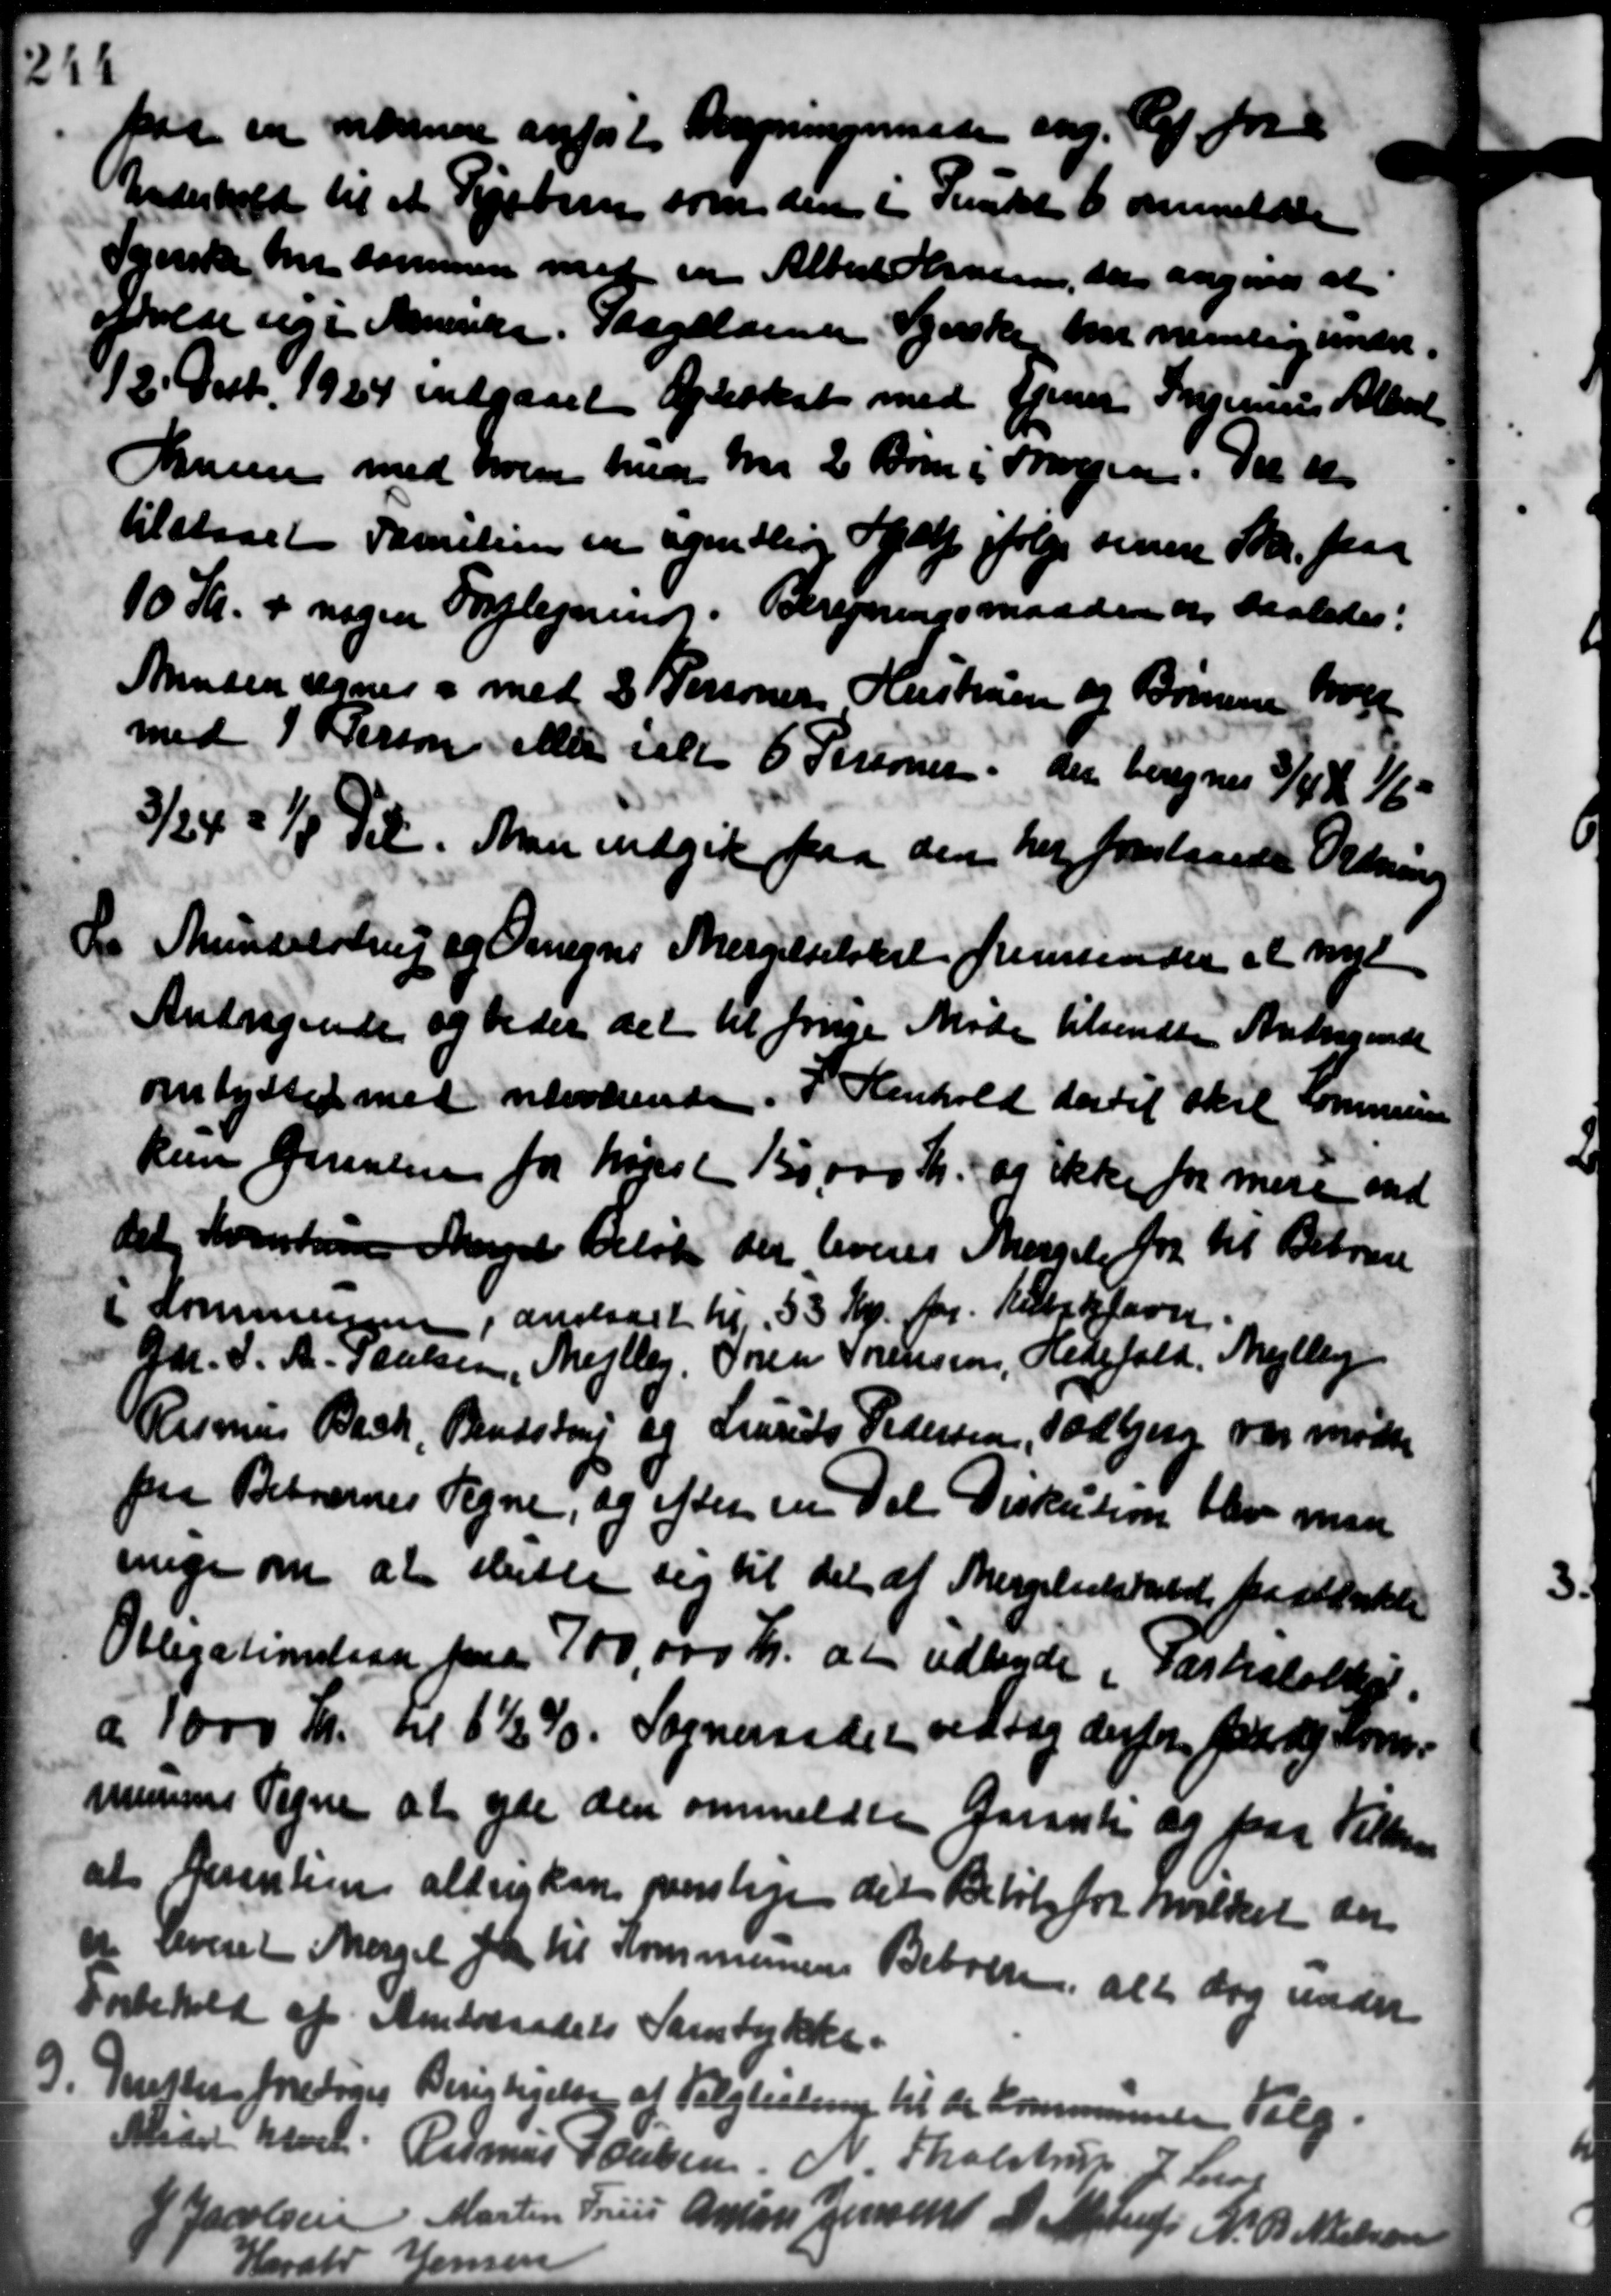
Transskription:
paa en nærmere anført Bregningsminde ang. Af For
Underhold til at Kjøbern som den i Funkt 6 anmeldte
Tynske har sammen med en Albert Perssen, der angaaes at
Holde sig i Amende. Paagelsen Kjærske har nemlig under
2' Decb. 1924 indgaaet Opteskat med gjenne Ingernes Albert
Sommen med hvem her m. 2 Børn i Sagen. Der t
tilstaaet Familien en egentlig Hjælp i følge sinere Skr. paa
10 Kr. + nogen Forplejning. Beregningsmaaden og saaledes:
Mnden regners med 8 Personer Hustruen og Brunne Boge
med P. Person eller ialt 6 Personer, der beregnes 3/4 K 1/6
3/24 - 1/4 Del. Man indgik paa den her forelaaede Ordning
La Mundelstrup og Omegns Mergelselsket fremsender et nyt
La Mundelstrup og Omegns Mergelselsket fremsender et nyt
Andragende og beder det til frige Møde tilsendte Andragende
ombyttet med nærværende. I Henhold der til skal Kommunen
kun førslen for højst 150.000 Kr. og ikke for mere end
det, hverken Mangel Beløb der leveres Sergelse for til Beboere
(Kommunen, anslaaet til 33 Kr. pr. Kibikfavn.
Gdr. S. A. Poulsen, Mejlby. Søren Sørensen, Hedefald. Mejlby
Rasmus Bach, Bendstrup og Laurits Pedersen, Todbjerg var mødte
paa Beboernes Tegne, og efter en Del Diskution blev man
nige om at slutte sig til det af Mergelselskalde fra standelse
Obligationslaan paa 700000 Kr. at udbyde i Parkalotter.
a 1000 Kr. til 6½ %. Sogneraadet vedtog derfor for og Kom-
munens Tegne at yde den anmeldte Garank og paa Tilbud
at Resentien aldrig kan forslage det Beløb for hvilket der
 Leveret Margel for til Kommunens Beboeren, aller dog under
Forbehold af Amtsraadets Samtykke.
9. Detter foretoges Berigtigelse af Valglistering til de Kommunene Valg.
9. Detter foretoges Berigtigelse af Valglistering til de Kommunene Valg.
Mødet hævet. Rasmus Jacobsen, N. Tholstrup, J. Lars
Jacobsen Morten Friis Anton Jensen A. Alstrup N. P. Nielsen
Harald Hansen